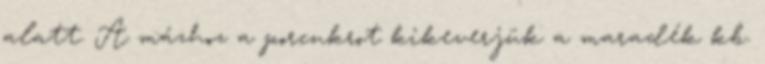
alatt. A mázhoz a porcukrot kikeverjük a maradék kb.